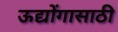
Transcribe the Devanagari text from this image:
ऊद्योंगासाठी